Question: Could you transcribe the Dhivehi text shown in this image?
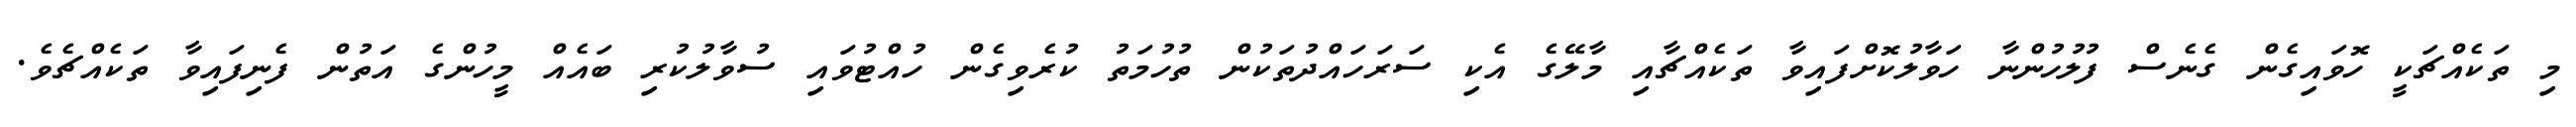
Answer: މި ތަކެއްޗަކީ ހޮވައިގެން ގެނެސް ފުލުހުންނާ ހަވާލުކޮށްފައިވާ ތަކެއްޗާއި މާލޭގެ އެކި ސަރަހައްދުތަކުން ތުހުމަތު ކުރެވިގެން ހުއްޓުވައި ސުވާލުކުރި ބައެއް މީހުންގެ އަތުން ފެނިފައިވާ ތަކެއްޗެވެ.